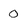
Character: 0